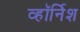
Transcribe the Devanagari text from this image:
व्हॉर्निश